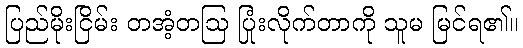
ပြည်မိုးငြိမ်း တအံ့တဩ ပြုံးလိုက်တာကို သူမ မြင်ရ၏။